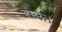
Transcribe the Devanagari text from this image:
राऊ।